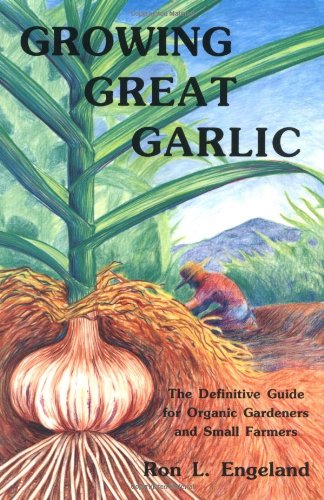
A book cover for Growing Great Garlic: The Definitive Guide for Organic Gardeners and Small Farmers; Ron L. Engeland; Cookbooks, Food & Wine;